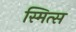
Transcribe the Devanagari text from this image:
स्मित्स